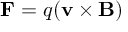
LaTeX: \mathbf { F } = q ( \mathbf { v } \times \mathbf { B } )